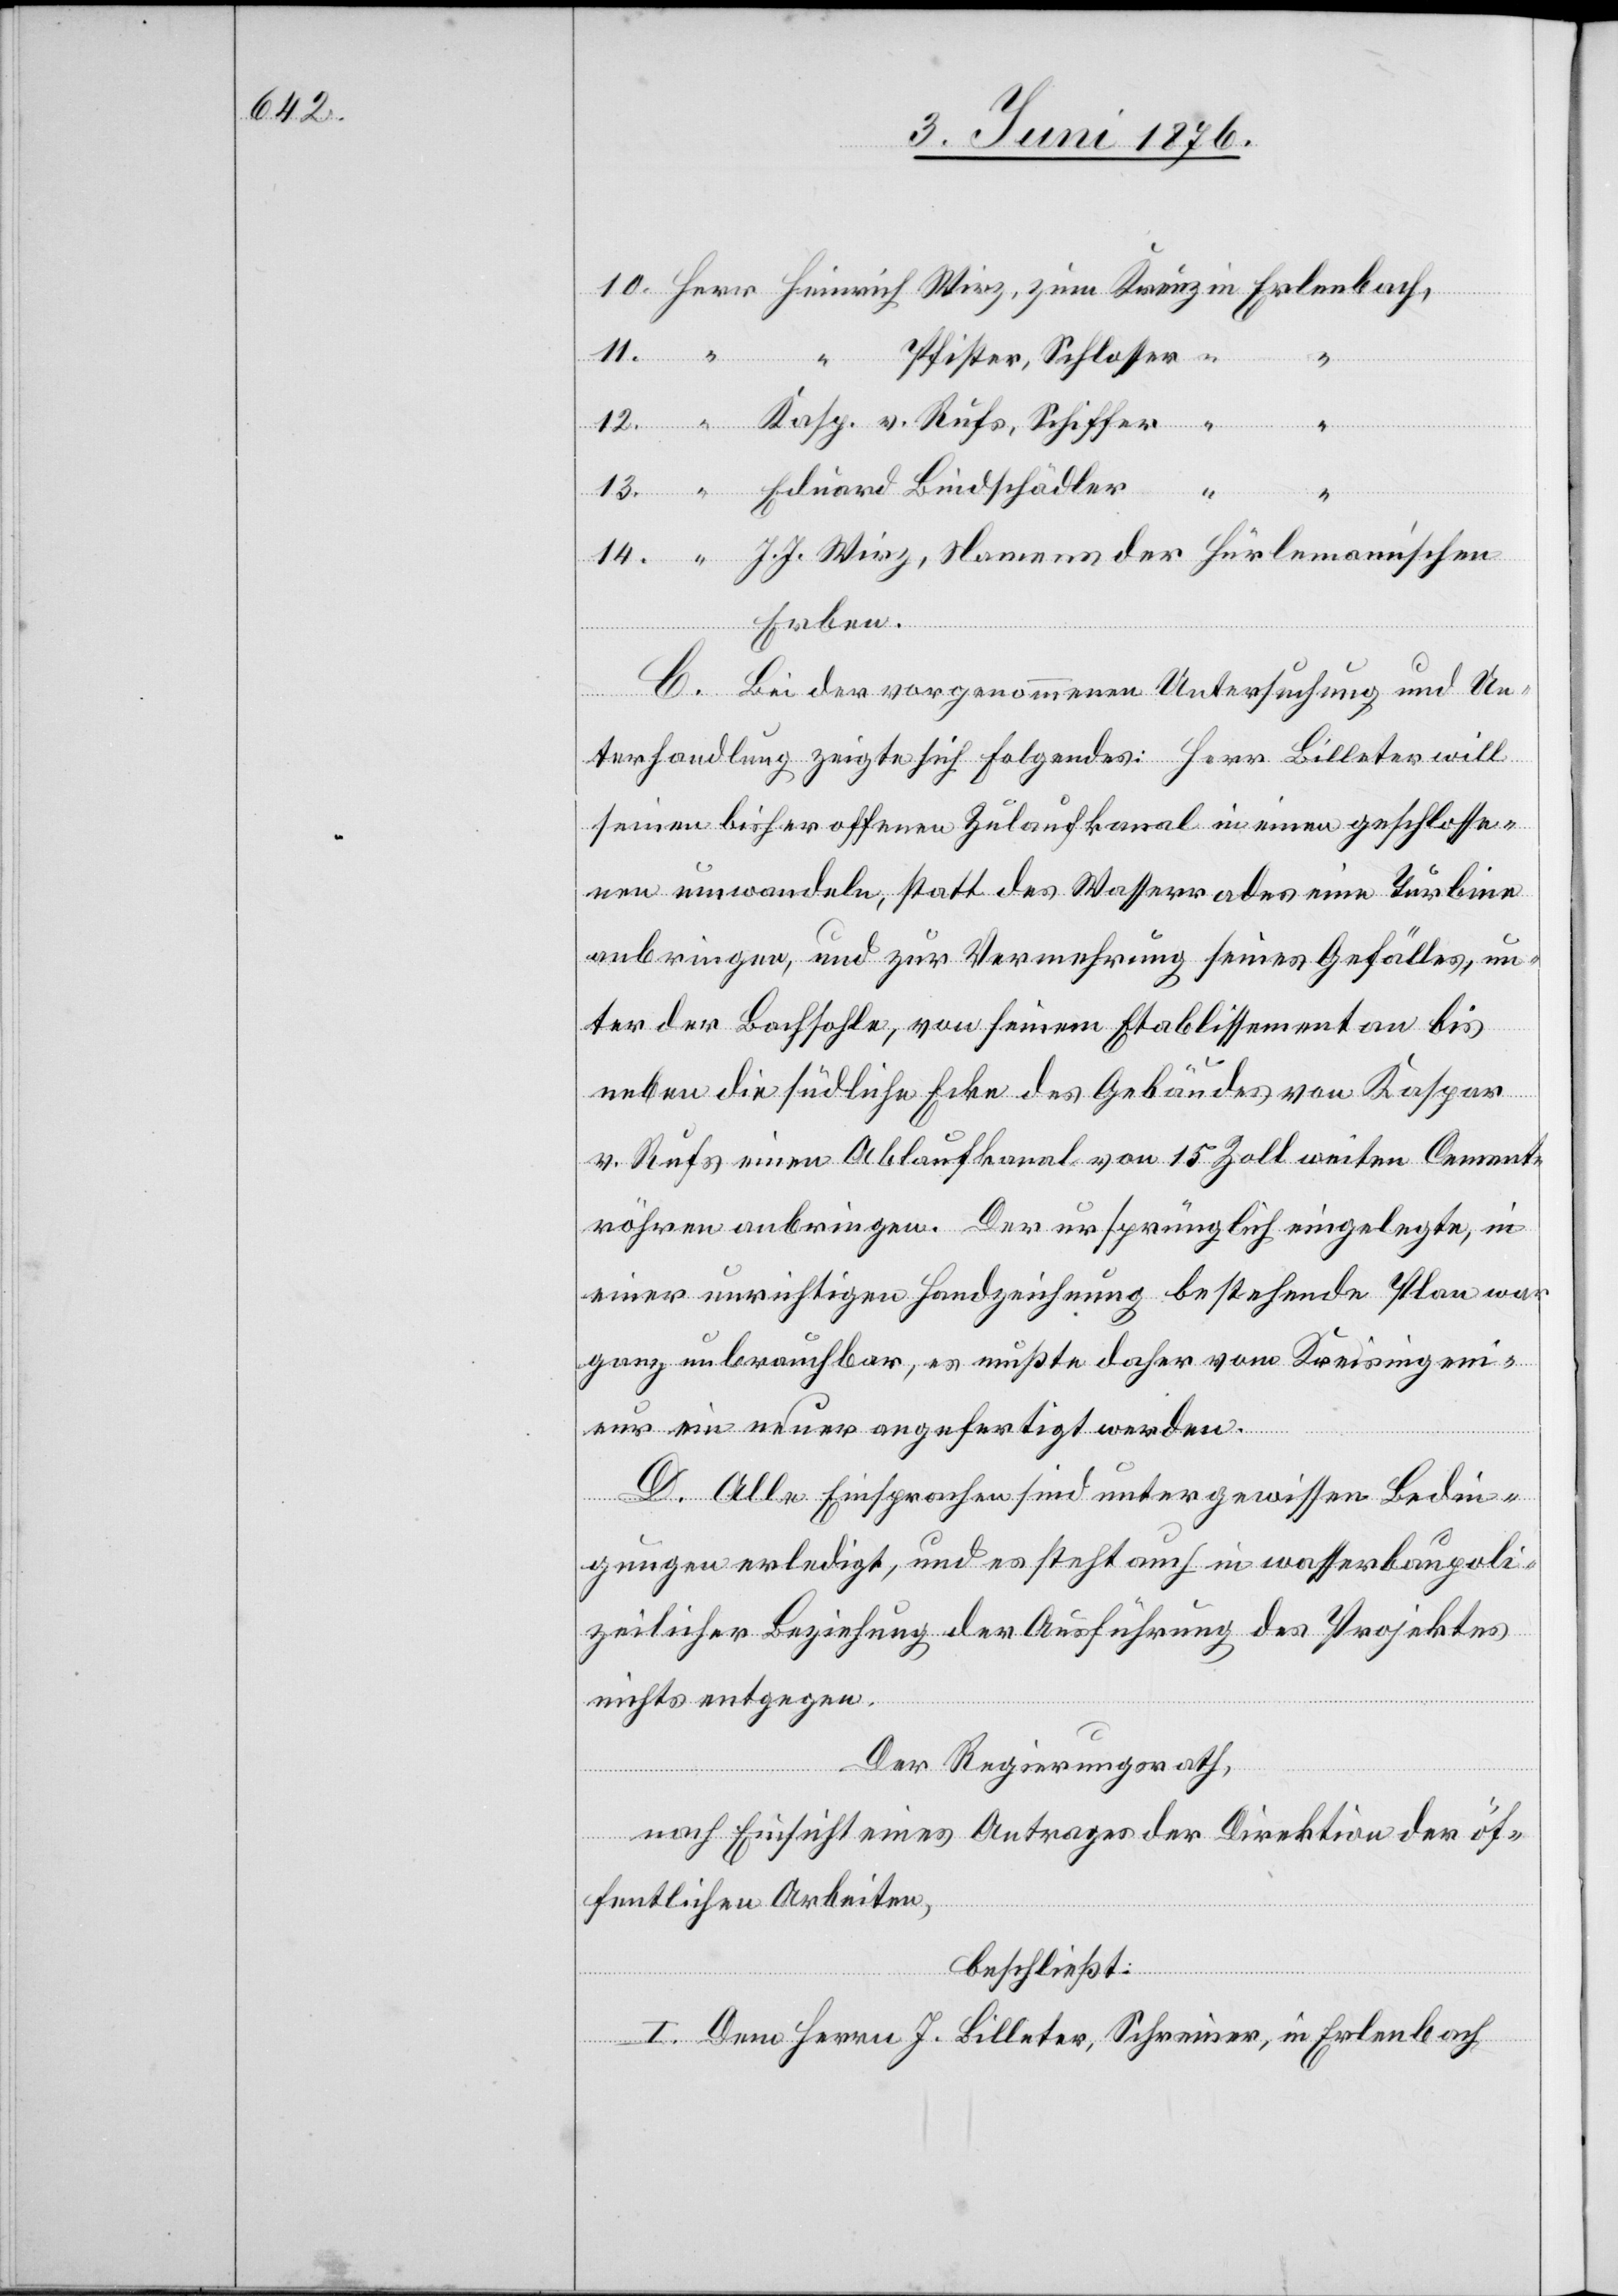
14.
“
Erben.
“
C. Bei der vorgenommenen Untersuchung und Un¬
terhandlung zeigte sich Folgendes: Herr Billeter will
seinen bisher offenen Zulaufkanal in einem geschlosse¬
nen umwandeln, statt des Wasserrades eine Turbine
anbringen, und zur Vermehrung seines Gefälles, un¬
ter der Bachsohle, von seinem Etablissement an bis
neben die südliche Ecke des Gebäudes von Kaspar
v. Rufs einen Ablaufkanal von 15 Zoll weiten Cement¬
röhren anbringen. Der ursprünglich eingelegte, in
einer unrichtigen Handzeichnung bestehende Plan war
ganz unbrauchbar, es mußte daher vom Kreisingeni¬
eur ein neuer angefertigt werden.
D. Alle Einsprachen sind unter gewissen Bedin¬
gungen erledigt, und es steht auch in wasserbaupoli¬
zeilicher Beziehung der Ausführung des Projektes
nichts entgegen.
der
Der Regierungsrath,
nach Einsicht eines Antrages der Direktion der öf¬
fentlichen Arbeiten,
beschließt:
Heinrich
I. Dem Herrn J. Billeter, Schreiner, in Erlenbach